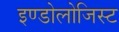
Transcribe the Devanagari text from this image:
इण्डोलोजिस्ट